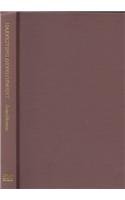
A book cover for Harvesting Development: The Construction of Fresh Food Markets in Papua New Guinea; Karl Benediktsson; History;